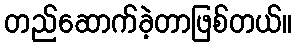
တည်ဆောက်ခဲ့တာဖြစ်တယ်။